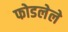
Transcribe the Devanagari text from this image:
फोडलेले